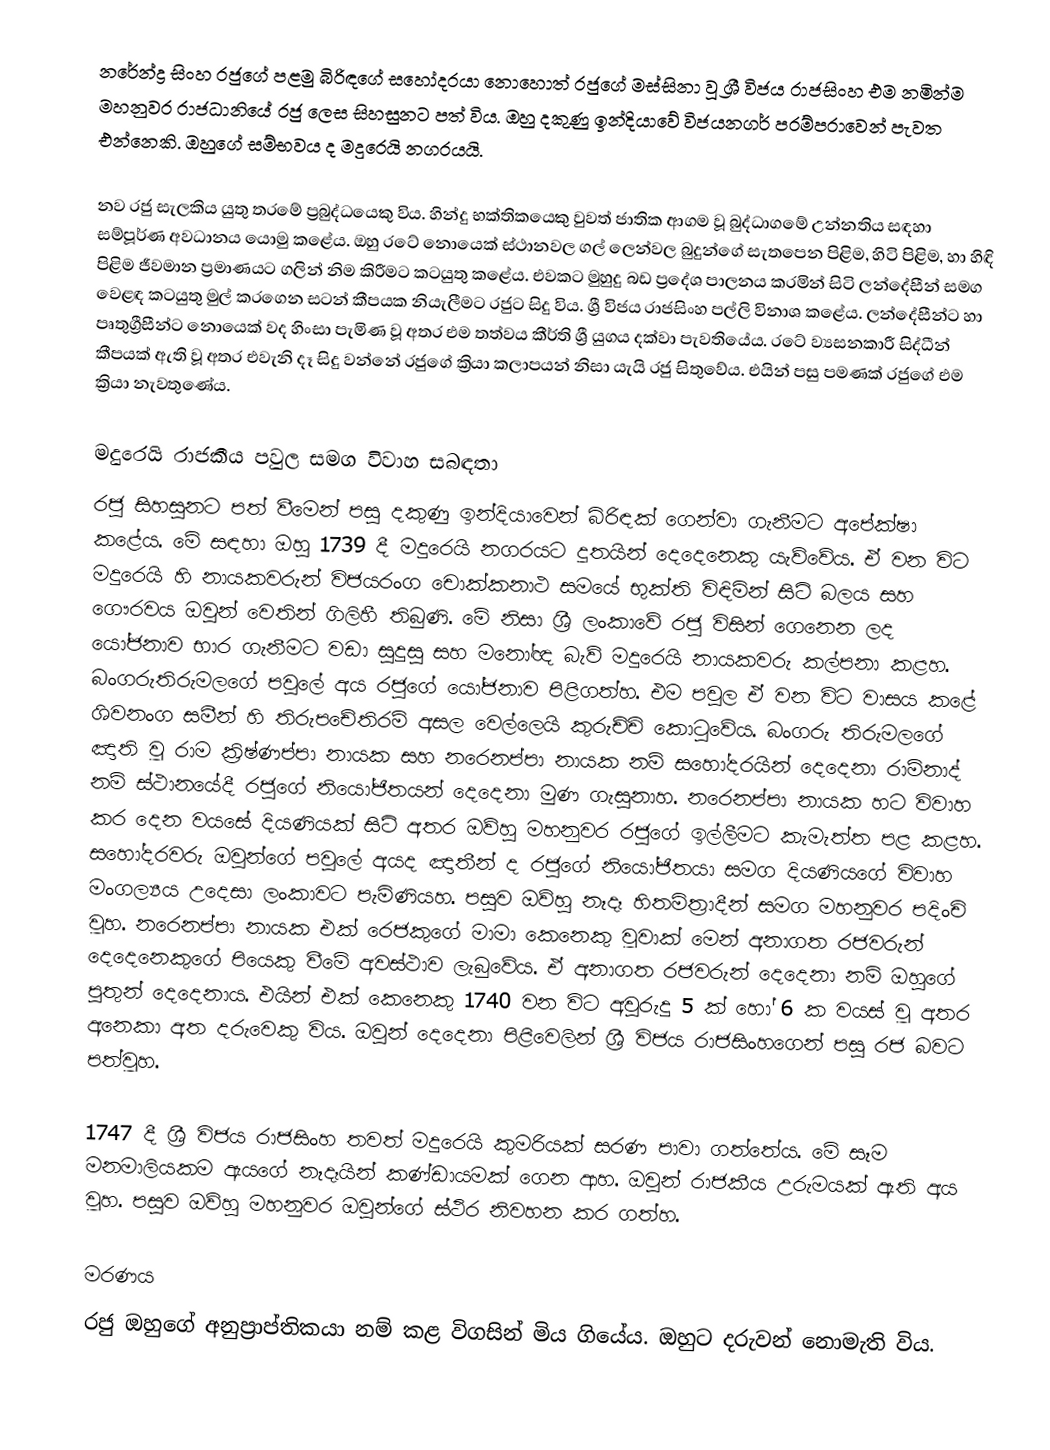
නරේන්ද්‍ර සිංහ රජුගේ පළමු බිරිඳගේ සහෝදරයා නොහොත් රජුගේ මස්සිනා වූ ශ්‍රී විජය රාජසිංහ එම නමින්ම මහනුවර රාජධානියේ රජු ලෙස සිහසුනට පත් විය. ඔහු දකුණු ඉන්දියාවේ විජයනගර් පරම්පරාවෙන් පැවත එන්නෙකි. ඔහුගේ සම්භවය ද මදුරෙයි නගරයයි.

නව රජු සැලකිය යුතු තරමේ ප්‍රබුද්ධයෙකු විය. හින්දු භක්තිකයෙකු වුවත් ජාතික ආගම වූ බුද්ධාගමේ උන්නතිය සඳහා සම්පූර්ණ අවධානය යොමු කළේය. ඔහු රටේ නොයෙක් ස්ථානවල ගල් ලෙන්වල බුදුන්ගේ සැතපෙන පිළිම, හිටි පිළිම,  හා හිඳි පිළිම ජීවමාන ප්‍රමාණයට ගලින් නිම කිරීමට කටයුතු කළේය. එවකට මුහුදු බඩ ප්‍රදේශ පාලනය කරමින් සිටි ලන්දේසීන් සමග වෙළඳ කටයුතු මුල් කරගෙන සටන් කීපයක නියැලීමට රජුට සිදු විය. ශ්‍රී විජය රාජසිංහ පල්ලි විනාශ කළේය. ලන්දේසීන්ට හා පෘතුග්‍රීසීන්ට නොයෙක් වද හිංසා පැමිණ වූ අතර එම තත්වය කීර්ති ශ්‍රී යුගය දක්වා පැවතියේය. රටේ ව්‍යසනකාරී සිද්ධීන් කීපයක් ඇති වූ අතර එවැනි දෑ සිදු වන්නේ රජුගේ ක්‍රියා කලාපයන් නිසා යැයි රජු සිතුවේය. එයින් පසු පමණක් රජුගේ එම ක්‍රියා නැවතුණේය.

මදුරෙයි රාජකීය පවුල සමග විවාහ සබඳතා
රජු සිහසුනට පත් වීමෙන් පසු දකුණු ඉන්දියාවෙන් බිරිඳක් ගෙන්වා ගැනීමට අපේක්ෂා කළේය. මේ සඳහා ඔහු 1739 දී මදුරෙයි නගරයට දූතයින් දෙදෙනෙකු යැව්වේය. ඒ වන විට මදුරෙයි හි නායකවරුන් විජයරංග චොක්කනාථ සමයේ භුක්ති විඳිමින් සිටි බලය සහ ගෞරවය ඔවුන් වෙතින් ගිලිහී තිබුණි. මේ නිසා ශ්‍රී ලංකාවේ රජු විසින් ගෙනෙන ලද යෝජනාව භාර ගැනීමට වඩා සුදුසු සහ මනෝඥ බැව් මදුරෙයි නායකවරු කල්පනා කළහ. බංගරුතිරුමලගේ පවුලේ අය රජුගේ යෝජනාව පිළිගත්හ. එම පවුල ඒ වන විට වාසය කළේ ශිවනංග සමීන් හි තිරුපචේතිරම් අසල වෙල්ලෙයි කුරුච්චි කොටුවේය. බංගරු තිරුමලගේ ඤාති වූ රාම ක්‍රිෂ්ණප්පා නායක සහ නරෙනප්පා නායක නම් සහෝදරයින් දෙදෙනා රාම්නාද් නම් ස්ථානයේදී රජුගේ නියෝජිතයන් දෙදෙනා මුණ ගැසුනාහ. නරෙනප්පා නායක හට විවාහ කර දෙන වයසේ දියණියක් සිටි අතර ඔව්හු මහනුවර රජුගේ ඉල්ලීමට කැමැත්ත පළ කළහ. සහෝදරවරු ඔවුන්ගේ පවුලේ අයද ඤාතීන් ද රජුගේ නියෝජිතයා සමග දියණියගේ විවාහ මංගල්‍යය උදෙසා ලංකාවට පැමිණියහ. පසුව ඔව්හු නෑදෑ හිතමිත්‍රාදීන් සමග මහනුවර පදිංචි වූහ. නරෙනප්පා නායක එක් ර‍ෙජකුගේ මාමා කෙනෙකු වූවාක් මෙන් අනාගත රජවරුන් දෙදෙනෙකුගේ පියෙකු වීමේ අවස්ථාව ලැබුවේය. ඒ අනාගත රජවරුන් දෙදෙනා නම් ඔහුගේ පුතුන් දෙදෙනාය. එයින් එක් කෙනෙකු 1740 වන විට අවුරුදු 5 ක් හෝ 6 ක වයස් වූ අතර අනෙකා අත දරුවෙකු විය. ඔවුන් දෙදෙනා පිළිවෙලින් ශ්‍රී විජය රාජසිංහගෙන් පසු රජ බවට පත්වූහ.

1747 දී ශ්‍රී විජය රාජසිංහ තවත් මදුරෙයි කුමරියක් සරණ පාවා ගත්තේය. මේ සෑම මනමාලියකම ඇයගේ නෑදෑයින් කණ්ඩායමක් ගෙන ආහ. ඔවුන් රාජකීය උරුමයක් ඇති අය වූහ. පසුව ඔව්හු මහනුවර ඔවුන්ගේ ස්ථිර නිවහන කර ගත්හ.

මරණය
රජු ඔහුගේ අනුප්‍රාප්තිකයා නම් කළ විගසින් මිය ගියේය. ඔහුට දරුවන් නොමැති විය.